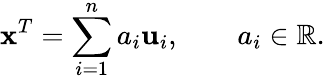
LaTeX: \mathbf{x}^{T}=\sum_{i=1}^{n}a_{i}\mathbf{u}_{i},\qquad a_{i}\in\mathbb{R}.